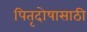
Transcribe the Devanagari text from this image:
पितृदोषासाठी